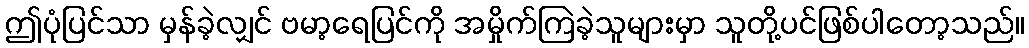
ဤပုံပြင်သာ မှန်ခဲ့လျှင် ဗမာ့ရေပြင်ကို အမှိုက်ကြဲခဲ့သူများမှာ သူတို့ပင်ဖြစ်ပါတော့သည်။